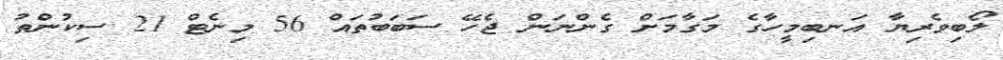
ލޯބިވެރިޔާ އަނބިމީހާގެ މަގާމަށް ގެންނަން ޖެހޭ ސަބަބުތައް 56 މިނެޓް 21 ސިކުންތު